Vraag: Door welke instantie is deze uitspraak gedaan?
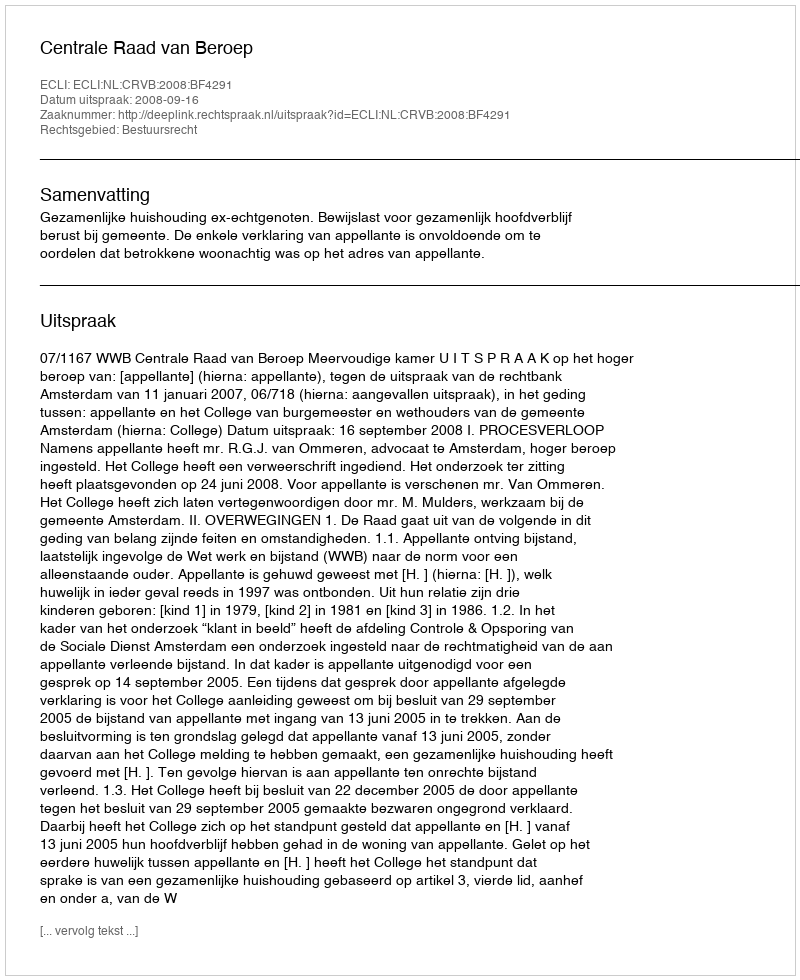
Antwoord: Centrale Raad van Beroep